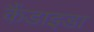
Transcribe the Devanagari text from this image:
कैंडाइडा